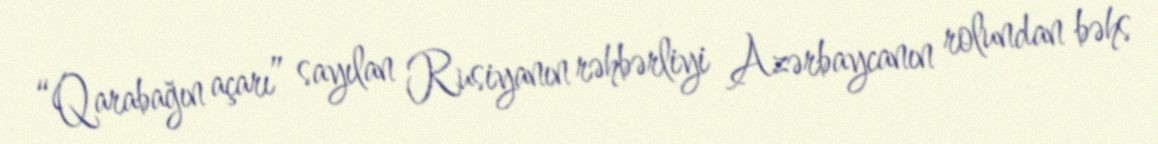
“Qarabağın açarı” sayılan Rusiyanın rəhbərliyi Azərbaycanın rolundan bəhs